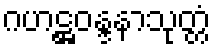
ဂဟဋ္ဌဝန္ဒနာသုတ္တံ